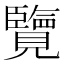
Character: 覽